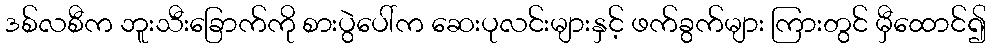
ဒစ်လစီက ဘူးသီးခြောက်ကို စားပွဲပေါ်က ဆေးပုလင်းများနှင့် ဖက်ခွက်များ ကြားတွင် မှီထောင်၍